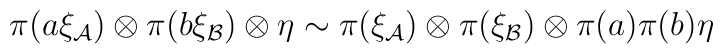
\pi(a\xi_{\cal A})\otimes \pi(b\xi_{\cal B})\otimes \eta \sim \pi(\xi_{\cal A})\otimes \pi(\xi_{\cal B})\otimes \pi(a)\pi(b)\eta